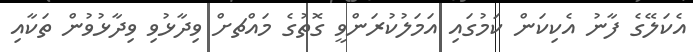
އެކަލޭގެ ފާނު އެކިކަން ކަމުގައި އަމަލުކުރަންވީ ގޮތުގެ މައްޗށް ވިދާޅުވި ވިދާޅުވުން ތަކާއި